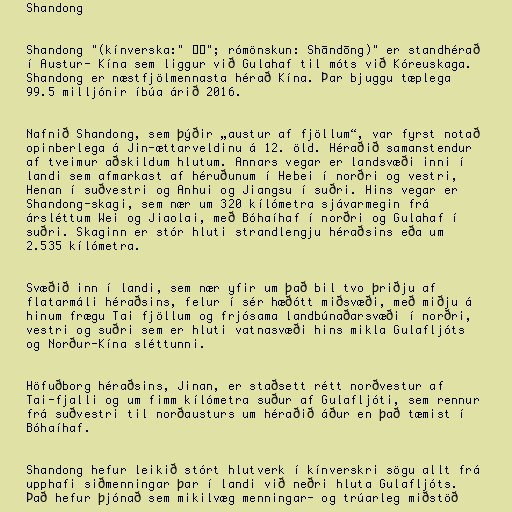
Shandong

Shandong "(kínverska:" 山东"; rómönskun: Shāndōng)" er standhérað
í Austur- Kína sem liggur við Gulahaf til móts við Kóreuskaga.
Shandong er næstfjölmennasta hérað Kína. Þar bjuggu tæplega
99.5 milljónir íbúa árið 2016.

Nafnið Shandong, sem þýðir „austur af fjöllum“, var fyrst notað
opinberlega á Jin-ættarveldinu á 12. öld. Héraðið samanstendur
af tveimur aðskildum hlutum. Annars vegar er landsvæði inni í
landi sem afmarkast af héruðunum í Hebei í norðri og vestri,
Henan í suðvestri og Anhui og Jiangsu í suðri. Hins vegar er
Shandong-skagi, sem nær um 320 kílómetra sjávarmegin frá
ársléttum Wei og Jiaolai, með Bóhaíhaf í norðri og Gulahaf í
suðri. Skaginn er stór hluti strandlengju héraðsins eða um
2.535 kílómetra.

Svæðið inn í landi, sem nær yfir um það bil tvo þriðju af
flatarmáli héraðsins, felur í sér hæðótt miðsvæði, með miðju á
hinum frægu Tai fjöllum og frjósama landbúnaðarsvæði í norðri,
vestri og suðri sem er hluti vatnasvæði hins mikla Gulafljóts
og Norður-Kína sléttunni.

Höfuðborg héraðsins, Jinan, er staðsett rétt norðvestur af
Tai-fjalli og um fimm kílómetra suður af Gulafljóti, sem rennur
frá suðvestri til norðausturs um héraðið áður en það tæmist í
Bóhaíhaf.

Shandong hefur leikið stórt hlutverk í kínverskri sögu allt frá
upphafi siðmenningar þar í landi við neðri hluta Gulafljóts.
Það hefur þjónað sem mikilvæg menningar- og trúarleg miðstöð